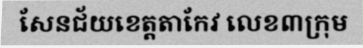
សែនជ័យខេត្តតាកែវ លេខ៣ក្រុម